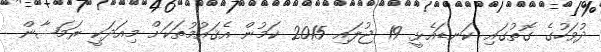
ދުވަހުގެ ގޮތުގައި ކަނޑައެޅީ 19 ޖުލައި 2015 ކަމުން އެޤައުމުތަކަށް މިއަދަކީ ރަމަޟާން